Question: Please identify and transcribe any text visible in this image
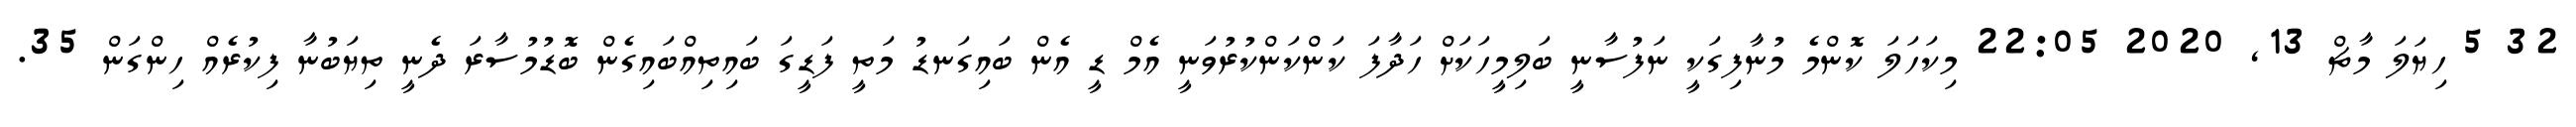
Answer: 32 5 ހިޔަލަ މާޗް 13, 2020 22:05 މިކަހަލަ ކޮންމެ މުނާފިގަކީ ނަފުސާނީ ބަލިމީހަކަށް ހަދާފަ ކަންކަންކުރުވަނީ އެމް ޑީ އެން ބައިގަނޑު މަތީ ފަޑީގަ ބައިތިއްބައިގެން ބޮޑުމުސާރަ ދެނީ ތިޔަބުނާ ފިކުރެއް ހިންގަން 35.